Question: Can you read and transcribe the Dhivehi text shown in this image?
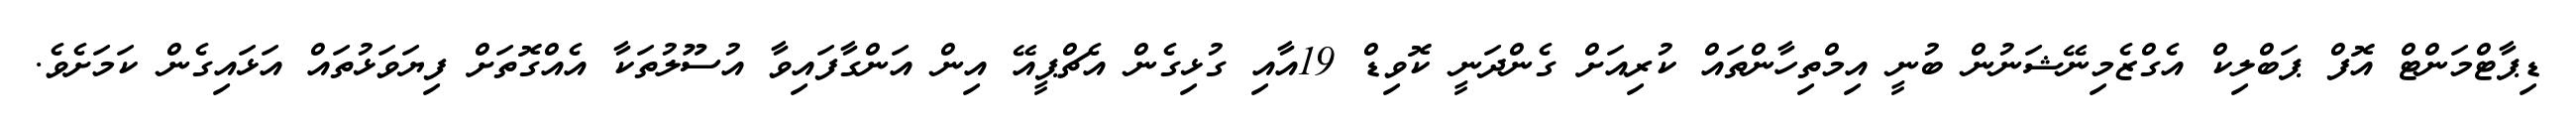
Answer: ޑިޕާޓްމަންޓް އޮފް ޕަބްލިކް އެގްޒެމިނޭޝަނުން ބުނީ އިމްތިހާންތައް ކުރިއަށް ގެންދަނީ ކޮވިޑް 19އާއި ގުޅިގެން އެޗްޕީއޭ އިން އަންގާފައިވާ އުސޫލުތަކާ އެއްގޮތަށް ފިޔަވަޅުތައް އަޅައިގެން ކަމަށެވެ.